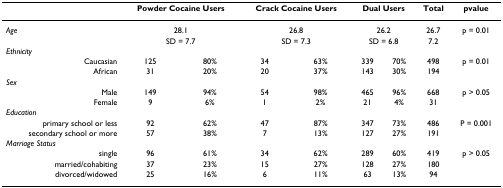
<table><thead><tr><td></td><td colspan="2"><b>Powder Cocaine Users</b></td><td colspan="2"><b>Crack Cocaine Users</b></td><td colspan="2"><b>Dual Users</b></td><td><b>Total</b></td><td><b>pvalue</b></td></tr></thead><tbody><tr><td><i>Age</i></td><td colspan="2">28.1</td><td colspan="2">26.8</td><td colspan="2">26.2</td><td>26.7</td><td>p = 0.01</td></tr><tr><td></td><td colspan="2">SD = 7.7</td><td colspan="2">SD = 7.3</td><td colspan="2">SD = 6.8</td><td>7.2</td><td></td></tr><tr><td><i>Ethnicity</i></td><td></td><td></td><td></td><td></td><td></td><td></td><td></td><td></td></tr><tr><td>Caucasian</td><td>125</td><td>80%</td><td>34</td><td>63%</td><td>339</td><td>70%</td><td>498</td><td>p = 0.01</td></tr><tr><td>African</td><td>31</td><td>20%</td><td>20</td><td>37%</td><td>143</td><td>30%</td><td>194</td><td></td></tr><tr><td><i>Sex</i></td><td></td><td></td><td></td><td></td><td></td><td></td><td></td><td></td></tr><tr><td>Male</td><td>149</td><td>94%</td><td>54</td><td>98%</td><td>465</td><td>96%</td><td>668</td><td>p &gt; 0.05</td></tr><tr><td>Female</td><td>9</td><td>6%</td><td>1</td><td>2%</td><td>21</td><td>4%</td><td>31</td><td></td></tr><tr><td><i>Education</i></td><td></td><td></td><td></td><td></td><td></td><td></td><td></td><td></td></tr><tr><td>primary school or less</td><td>92</td><td>62%</td><td>47</td><td>87%</td><td>347</td><td>73%</td><td>486</td><td>P = 0.001</td></tr><tr><td>secondary school or more</td><td>57</td><td>38%</td><td>7</td><td>13%</td><td>127</td><td>27%</td><td>191</td><td></td></tr><tr><td><i>Marriage Status</i></td><td></td><td></td><td></td><td></td><td></td><td></td><td></td><td></td></tr><tr><td>single</td><td>96</td><td>61%</td><td>34</td><td>62%</td><td>289</td><td>60%</td><td>419</td><td>p &gt; 0.05</td></tr><tr><td>married/cohabiting</td><td>37</td><td>23%</td><td>15</td><td>27%</td><td>128</td><td>27%</td><td>180</td><td></td></tr><tr><td>divorced/widowed</td><td>25</td><td>16%</td><td>6</td><td>11%</td><td>63</td><td>13%</td><td>94</td><td></td></tr></tbody></table>